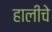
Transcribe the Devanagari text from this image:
हालीचे